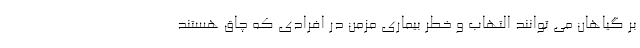
بر گیاهان می توانند التهاب و خطر بیماری مزمن در افرادی که چاق هستند